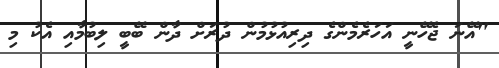
"އޭނަ ޖެހޭނީ އަހަރެމެންގެ ދިރިއުޅުމުން ދުރަށް ދާން ބޭބީ ލިބުމާއި އެކު މި